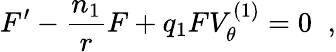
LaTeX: F^{\prime}-\frac{n_{1}}{r}F+q_{1}FV_{\theta}^{(1)}=0\; \; ,